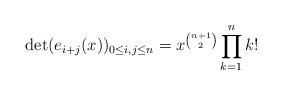
LaTeX: \begin{align*}\det(e_{i+j}(x))_{0\leq i,j\leq n}=x^{n+1\choose 2} \prod_{k=1}^n k!\end{align*}